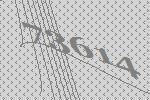
73614